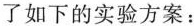
了如下的实验方案：